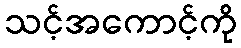
သင့်အကောင့်ကို